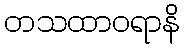
တသထာဝရာနိ